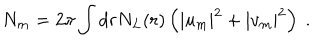
LaTeX: N _ { m } = 2 \pi \int d r N _ { L } ( r ) \left( | u _ { m } | ^ { 2 } + | v _ { m } | ^ { 2 } \right) ~ .